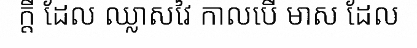
ក្តី ដែល ឈ្លាសវៃ កាលបើ មាស ដែល